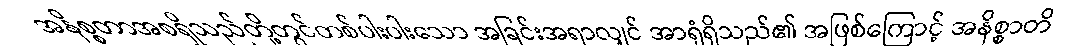
အနိစ္စတာအစရှိသည်တို့တွင်တစ်ပါးပါးသော အခြင်းအရာလျှင် အာရုံရှိသည်၏ အဖြစ်ကြောင့် အနိစ္စာတိ